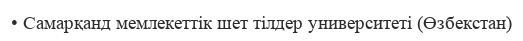
• Самарқанд мемлекеттік шет тілдер университеті (Өзбекстан)